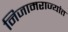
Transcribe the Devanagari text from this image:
निजामराज्यांत